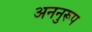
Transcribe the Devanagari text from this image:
अननुरूप